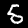
Label: 5